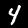
Digit: 4